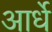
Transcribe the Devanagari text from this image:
आर्धे